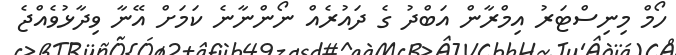
ހޯމް މިނިސްޓަރު އިމްރާން އަބްދު ގެ ދައުރެއް ނޯންނާނެ ކަމަށް އޭނާ ވިދާޅުވެއްޖެ